Indian Medical Review
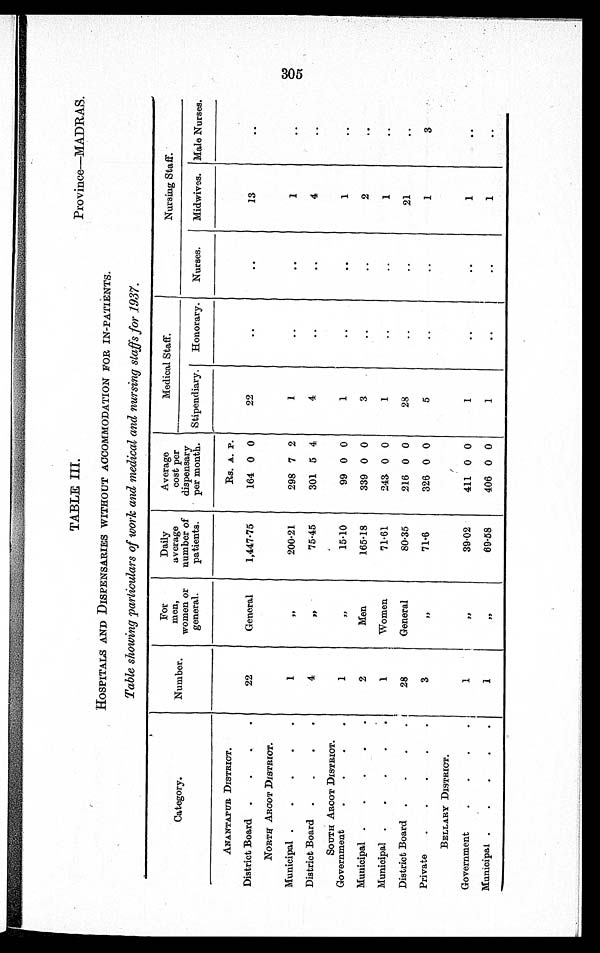
TABLE III.
Province—MADRAS.
HOSPITALS AND DISPENSARIES WITHOUT ACCOMMODATION FOR IN-PATIENTS.
Table showing particulars of work and medical and nursing staffs for 1937.
Category.
Number.
For
men,
women or
general.
Daily
average
number of
patients.
Average
cost per
dispensary
per month.
Medical Staff.
Nursing Staff.
Stipendiary.
Honorary.
Nurses.
Midwives. Male Nurses.
ANANTAPUR DISTRICT.
RS. A. P.
District Board.
22
General
1,447·75
164 0 0
22
..
..
13
..
NORTH ARCOT DISTRICT.
Municipal
1 "
200·21
298 7 2
1
..
..
1
..
District Board
4
"
75·45
301 5 4
4
..
..
4
..
SOUTH ARCOT DISTRICT.
Government
1
"
15·10
99 0 0
1
..
..
1
..
Municipal
2
Men
165·18
339 0 0
3
..
..
2
..
Municipal
1
Women
71·61
243 0 0
1
1
..
District Board
28
General
80·35
216 0
0
28
..
..
21
..
Private
3
"
71·6
326 0 0
..
..
1
3
BELLARY DISTRICT.
Government
1
"
39·02
411 0 0
1
..
..
1
..
Municipal
1
"
69·58
406 0 0
1
..
..
1
..
305